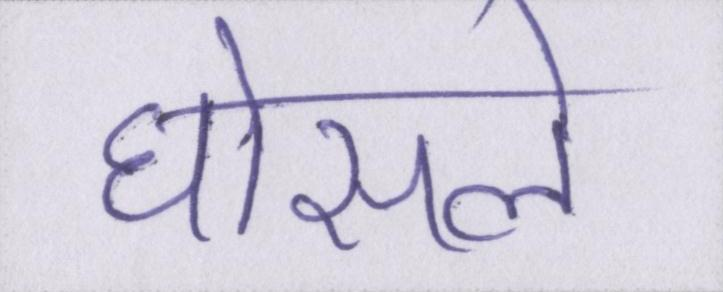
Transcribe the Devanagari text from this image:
घोसले